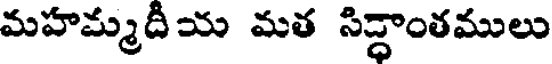
మహమ్మదియ మత సిద్ధాంతములు